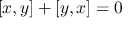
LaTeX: [ x , y ] + [ y , x ] = 0